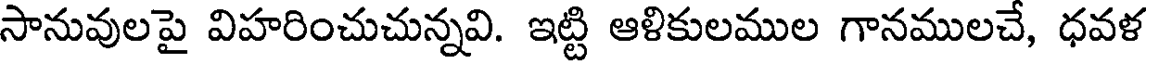
సానువులపై విహరించుచున్నవి. ఇట్టి ఆళికులముల గానములచే, ధవళ